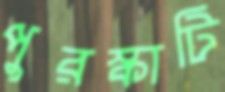
পুরস্কাটি